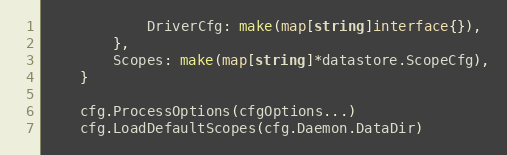
Language: Go
			DriverCfg: make(map[string]interface{}),
		},
		Scopes: make(map[string]*datastore.ScopeCfg),
	}

	cfg.ProcessOptions(cfgOptions...)
	cfg.LoadDefaultScopes(cfg.Daemon.DataDir)